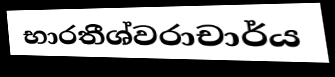
භාරතීශ්වරාචාර්ය